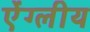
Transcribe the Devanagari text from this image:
ऐंग्लीय